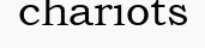
chariots